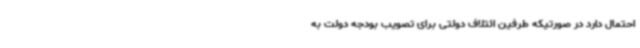
احتمال دارد در صورتیکه طرفین ائتلاف دولتی برای تصویب بودجه دولت به